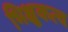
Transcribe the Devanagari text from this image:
भिक्षुकत्व